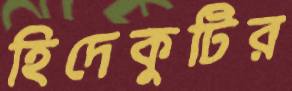
হিদেকুটির